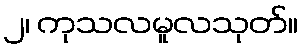
၂၊ ကုသလမူလသုတ်။